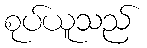
စုပ်ယူသည်